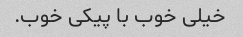
خیلی خوب با پیکی خوب.